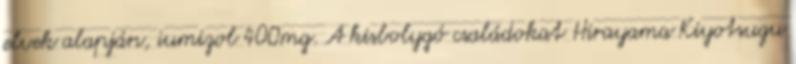
elvek alapján, iumizol 400mg. A kisbolygó családokat Hirayama Kiyotsugu